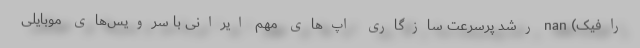
رافیک) nan رشد پرسرعت سازگاری اپ‌های مهم ایرانی با سرویس‌های موبایلی